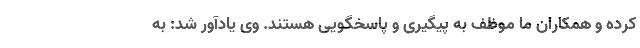
کرده و همکاران ما موظف به پیگیری و پاسخگویی هستند. وی یادآور شد: به